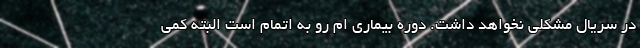
در سریال مشکلی نخواهد داشت. دوره بیماری ام رو به اتمام است البته کمی